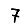
Digit: 7